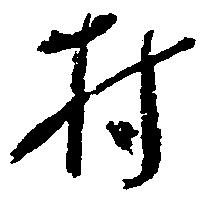
村